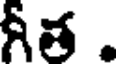
గీత .